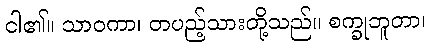
ငါ၏။ သာဝကာ၊ တပည့်သားတို့သည်။ စက္ခုဘူတာ၊